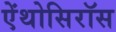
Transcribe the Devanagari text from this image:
ऐंथोसिरॉस